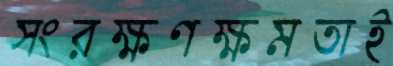
সংরক্ষণক্ষমতাই